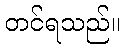
တင်ရသည်။